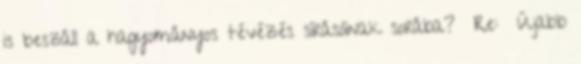
is beszáll a hagyományos tévézés sírásóinak sorába? Re: Újabb